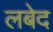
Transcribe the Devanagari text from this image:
लबेद